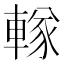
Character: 𨍨